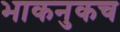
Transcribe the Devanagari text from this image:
भाकनुकच